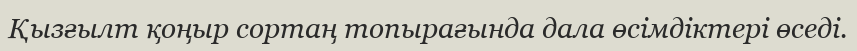
Қызғылт қоңыр сортаң топырағында дала өсімдіктері өседі.